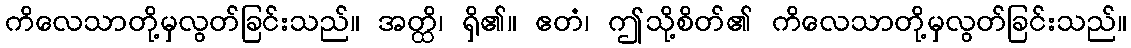
ကိလေသာတို့မှလွတ်ခြင်းသည်။ အတ္ထိ၊ ရှိ၏။ ဧတံ၊ ဤသို့စိတ်၏ ကိလေသာတို့မှလွတ်ခြင်းသည်။